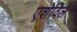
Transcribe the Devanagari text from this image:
एशेविले